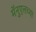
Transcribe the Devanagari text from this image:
मॅनुएलच्या